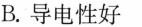
B.导电性好